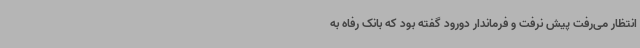
انتظار می‌رفت پیش نرفت و فرماندار دورود گفته بود که بانک رفاه به